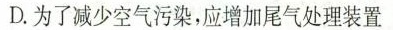
D.为了减少空气污染，应增加尾气处理装置